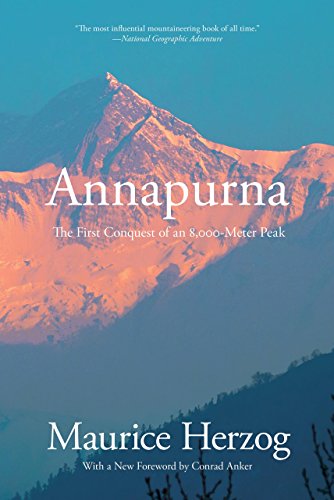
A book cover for Annapurna: The First Conquest Of An 8,000-Meter Peak; Maurice Herzog; Sports & Outdoors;